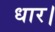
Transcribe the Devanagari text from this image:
धार।